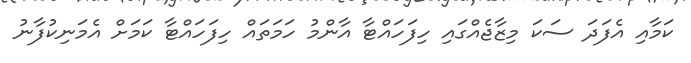
ކަމާއި އެފަދަ ސަކަ މިޒާޖެއްގައި ހިފަހައްޓާ އާންމު ހަމަތައް ހިފަހައްޓާ ކަމަށް އެމަނިކުފާނު